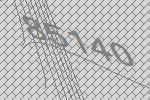
85140